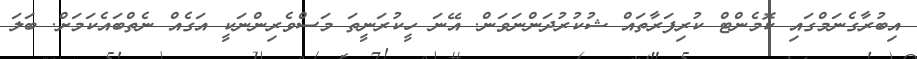
އިބުރާގެނަމްގައި ކޮމެންޓް ކުރިފަރާތައް ޝުކުރުދަންނަވަން. އޭނަ ހީކުރަނީތަ މަސްވެރިންނަކީ އަގެއް ނެތްބައެކަމަށް. ބަލަ